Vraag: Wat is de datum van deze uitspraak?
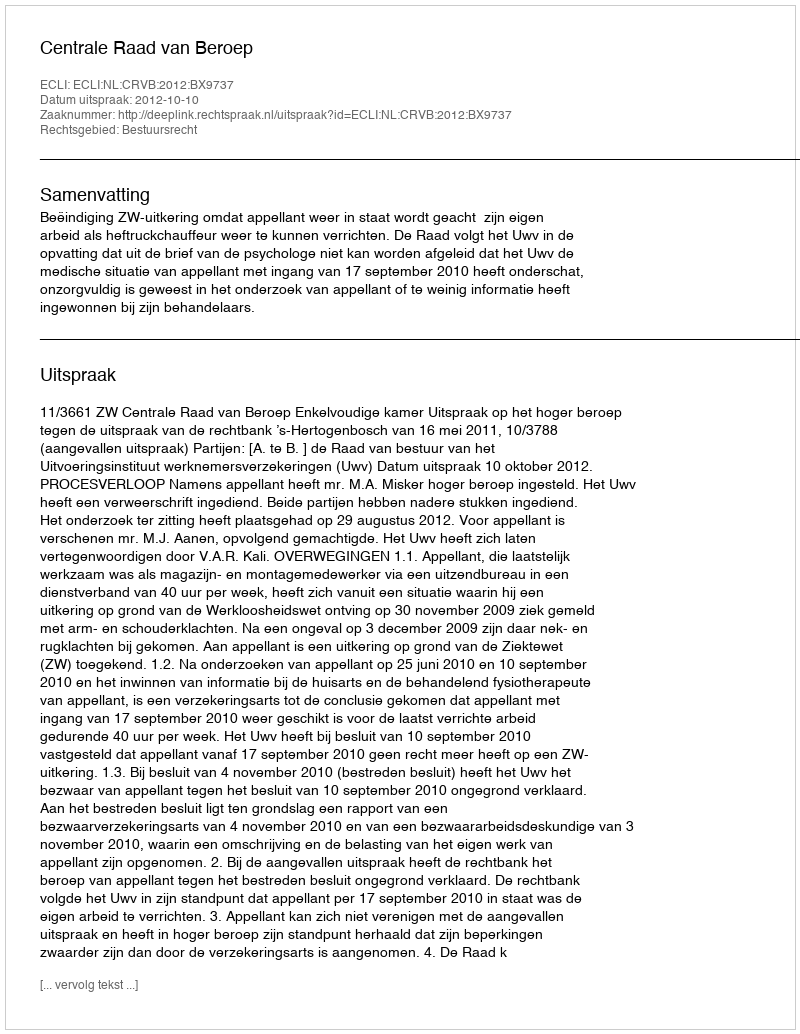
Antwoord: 2012-10-10